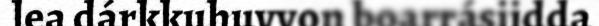
lea dárkkuhuvvon boarrásiidda